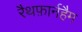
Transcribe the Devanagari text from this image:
रैथफ़ार्नहैम